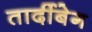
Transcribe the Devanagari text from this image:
तार्दीबेग